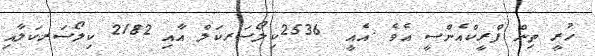
ހުރީ ތިން ފްރީކްއެންސީ އެވެ .އެއީ  2536ކިލޯސަރކަލް އާއި 2182 ކިލޯސަރކަލާއި